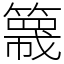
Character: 簚